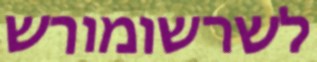
לשרשומורש